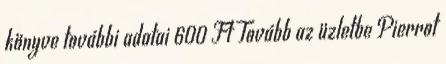
könyve további adatai 600 Ft Tovább az üzletbe Pierrot